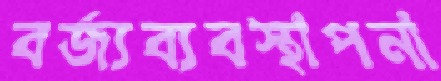
বর্জ্যব্যবস্থাপনা